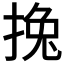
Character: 𢯂